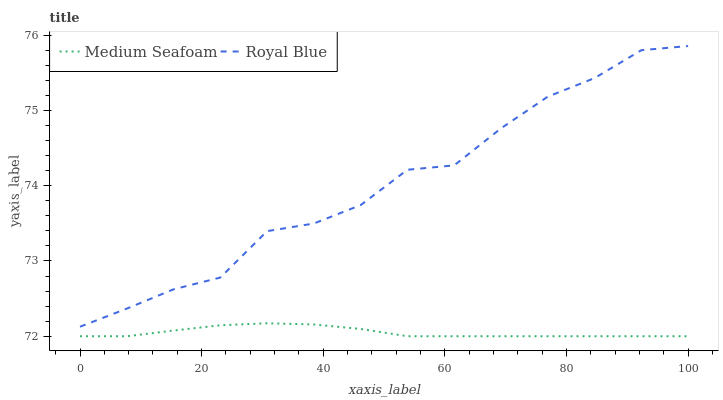
| xaxis_label | Medium Seafoam | Royal Blue |
 | --- | --- | --- |
 | 0 | 72 | 72.1 |
 | 7.69 | 72 | 72.4 |
 | 15.4 | 72.1 | 72.6 |
 | 23.1 | 72.1 | 72.8 |
 | 30.8 | 72.2 | 73.4 |
 | 38.5 | 72.2 | 73.5 |
 | 46.2 | 72.1 | 73.7 |
 | 53.8 | 72 | 74.2 |
 | 61.5 | 72 | 74.3 |
 | 69.2 | 72 | 74.8 |
 | 76.9 | 72 | 75.2 |
 | 84.6 | 72 | 75.4 |
 | 92.3 | 72 | 75.8 |
 | 100 | 72 | 75.9 |